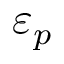
\varepsilon _ { p }